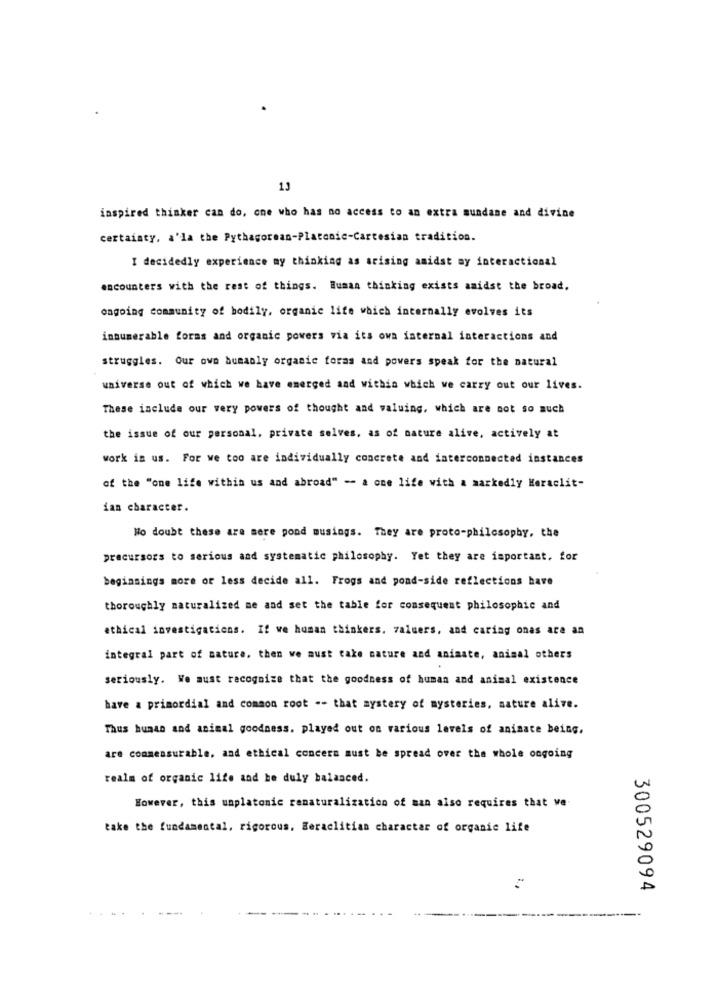
13
inspired thinker can do, one who has no access to an extra mundane and divine
certainty, a'la the Pythagorean-Platonic-Cartesian tradition.
I decidedly experience my thinking as arising amidst ay interactional
encounters with the rest of things. Human thinking exists amidst the broad.
ongoing community of bodily, organic life which internally evolves its
innumerable forms and organic powers via its owa internal interactions and
struggles. Our own bumanly organic foras and powers speak for the natural
universe out of which we have emerged and within which we carry out our lives.
These include our very powers of thought and valuing, which are not so much
the issue of our personal, private selves, as of nature alive, actively at
work in us. For we too are individually concrete and interconnected instances
of the "one life within us and abroad" -- a one life with a markedly Keraclit-
ian character.
No doubt these are more pond musings. They are proto-philosophy, the
precursors to serious and systematic philosophy. Yet they are important, for
beginnings more or less decide all. Frogs and pond-side reflections have
thoroughly naturalized me and set the table for consequent philosophic and
ethical investigations. If we human thinkers. valuers, and caring onas are an
integral part of nature, then we must cake nature and animate, animal others
seriously. We must recognize that the goodness of human and animal existence
have a primordial and common root -- that mystery of mysteries, nature alive.
Thus human and animal goodness. played out on various levels of animate being.
are conmeasurable, and ethical concern must be spread over the whole ongoing
realm of organic life and he duly balanced.
However, this unplatonic renaturalization of man also requires that ve
take the fundamental, rigorous, Beraclitian character of organic life
300529094